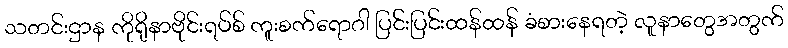
သတင်းဌာန ကိုရိုနာဗိုင်းရပ်စ် ကူးစက်ရောဂါ ပြင်းပြင်းထန်ထန် ခံစားနေရတဲ့ လူနာတွေအတွက်